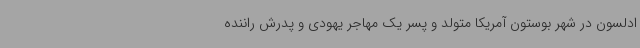
ادلسون در شهر بوستون آمریکا متولد و پسر یک مهاجر یهودی و پدرش راننده